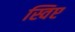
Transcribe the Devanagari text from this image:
स्विप्ट